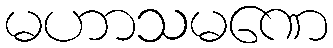
မဟာသမဏေ